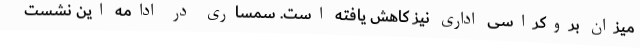
میزان بروکراسی اداری نیز کاهش یافته است. سمساری در ادامه این نشست